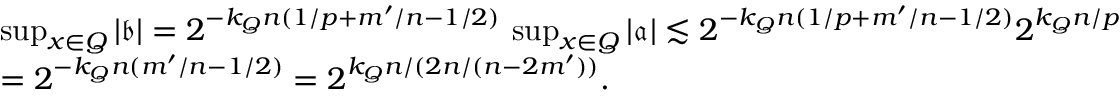
\begin{array} { r l } & { \operatorname* { s u p } _ { x \in Q } | \mathfrak b | = 2 ^ { - k _ { Q } n ( 1 / p + m ^ { \prime } / n - 1 / 2 ) } \, \operatorname* { s u p } _ { x \in Q } | \mathfrak { a } | \lesssim 2 ^ { - k _ { Q } n ( 1 / p + m ^ { \prime } / n - 1 / 2 ) } 2 ^ { k _ { Q } n / p } } \\ & { = 2 ^ { - k _ { Q } n ( m ^ { \prime } / n - 1 / 2 ) } = 2 ^ { k _ { Q } n / ( 2 n / ( n - 2 m ^ { \prime } ) ) } . } \end{array}